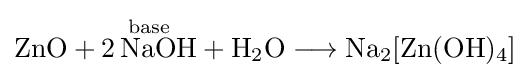
{\mathrm {ZnO} {}+{}{\overset {\mathrm {base} }{2\,\mathrm {NaOH} }}{}+{}\mathrm {H} {\vphantom {A}}_{\smash[{t}]{2}}\mathrm {O} {}\mathrel {\longrightarrow } {}\mathrm {Na} {\vphantom {A}}_{\smash[{t}]{2}}[\mathrm {Zn} (\mathrm {OH} ){\vphantom {A}}_{\smash[{t}]{4}}]}